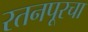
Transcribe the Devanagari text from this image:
रतनपूरचा